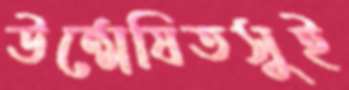
উন্মেষিতসুই